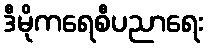
ဒီမိုကရေစီပညာရေး